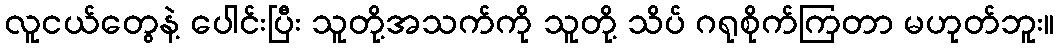
လူငယ်တွေနဲ့ ပေါင်းပြီး သူတို့အသက်ကို သူတို့ သိပ် ဂရုစိုက်ကြတာ မဟုတ်ဘူး။